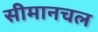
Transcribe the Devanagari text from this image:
सीमानचल